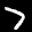
Label: 7